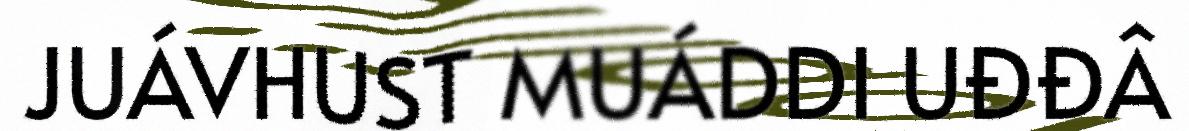
JUÁVHUST MUÁDDI UĐĐÂ